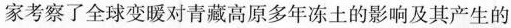
家考察了全球变暖对青藏高原多年冻土的影响及其产生的